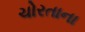
ચોરતાના